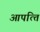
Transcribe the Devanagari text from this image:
आपत्‍ति